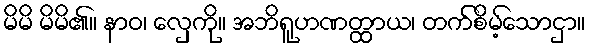
မိမိ မိမိ၏။ နာဝ၊ လှေကို။ အဘိရူဟဏတ္ထာယ၊ တက်စိမ့်သောငှာ။